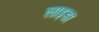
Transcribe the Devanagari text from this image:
लाइडा